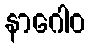
နာဂေါဝ